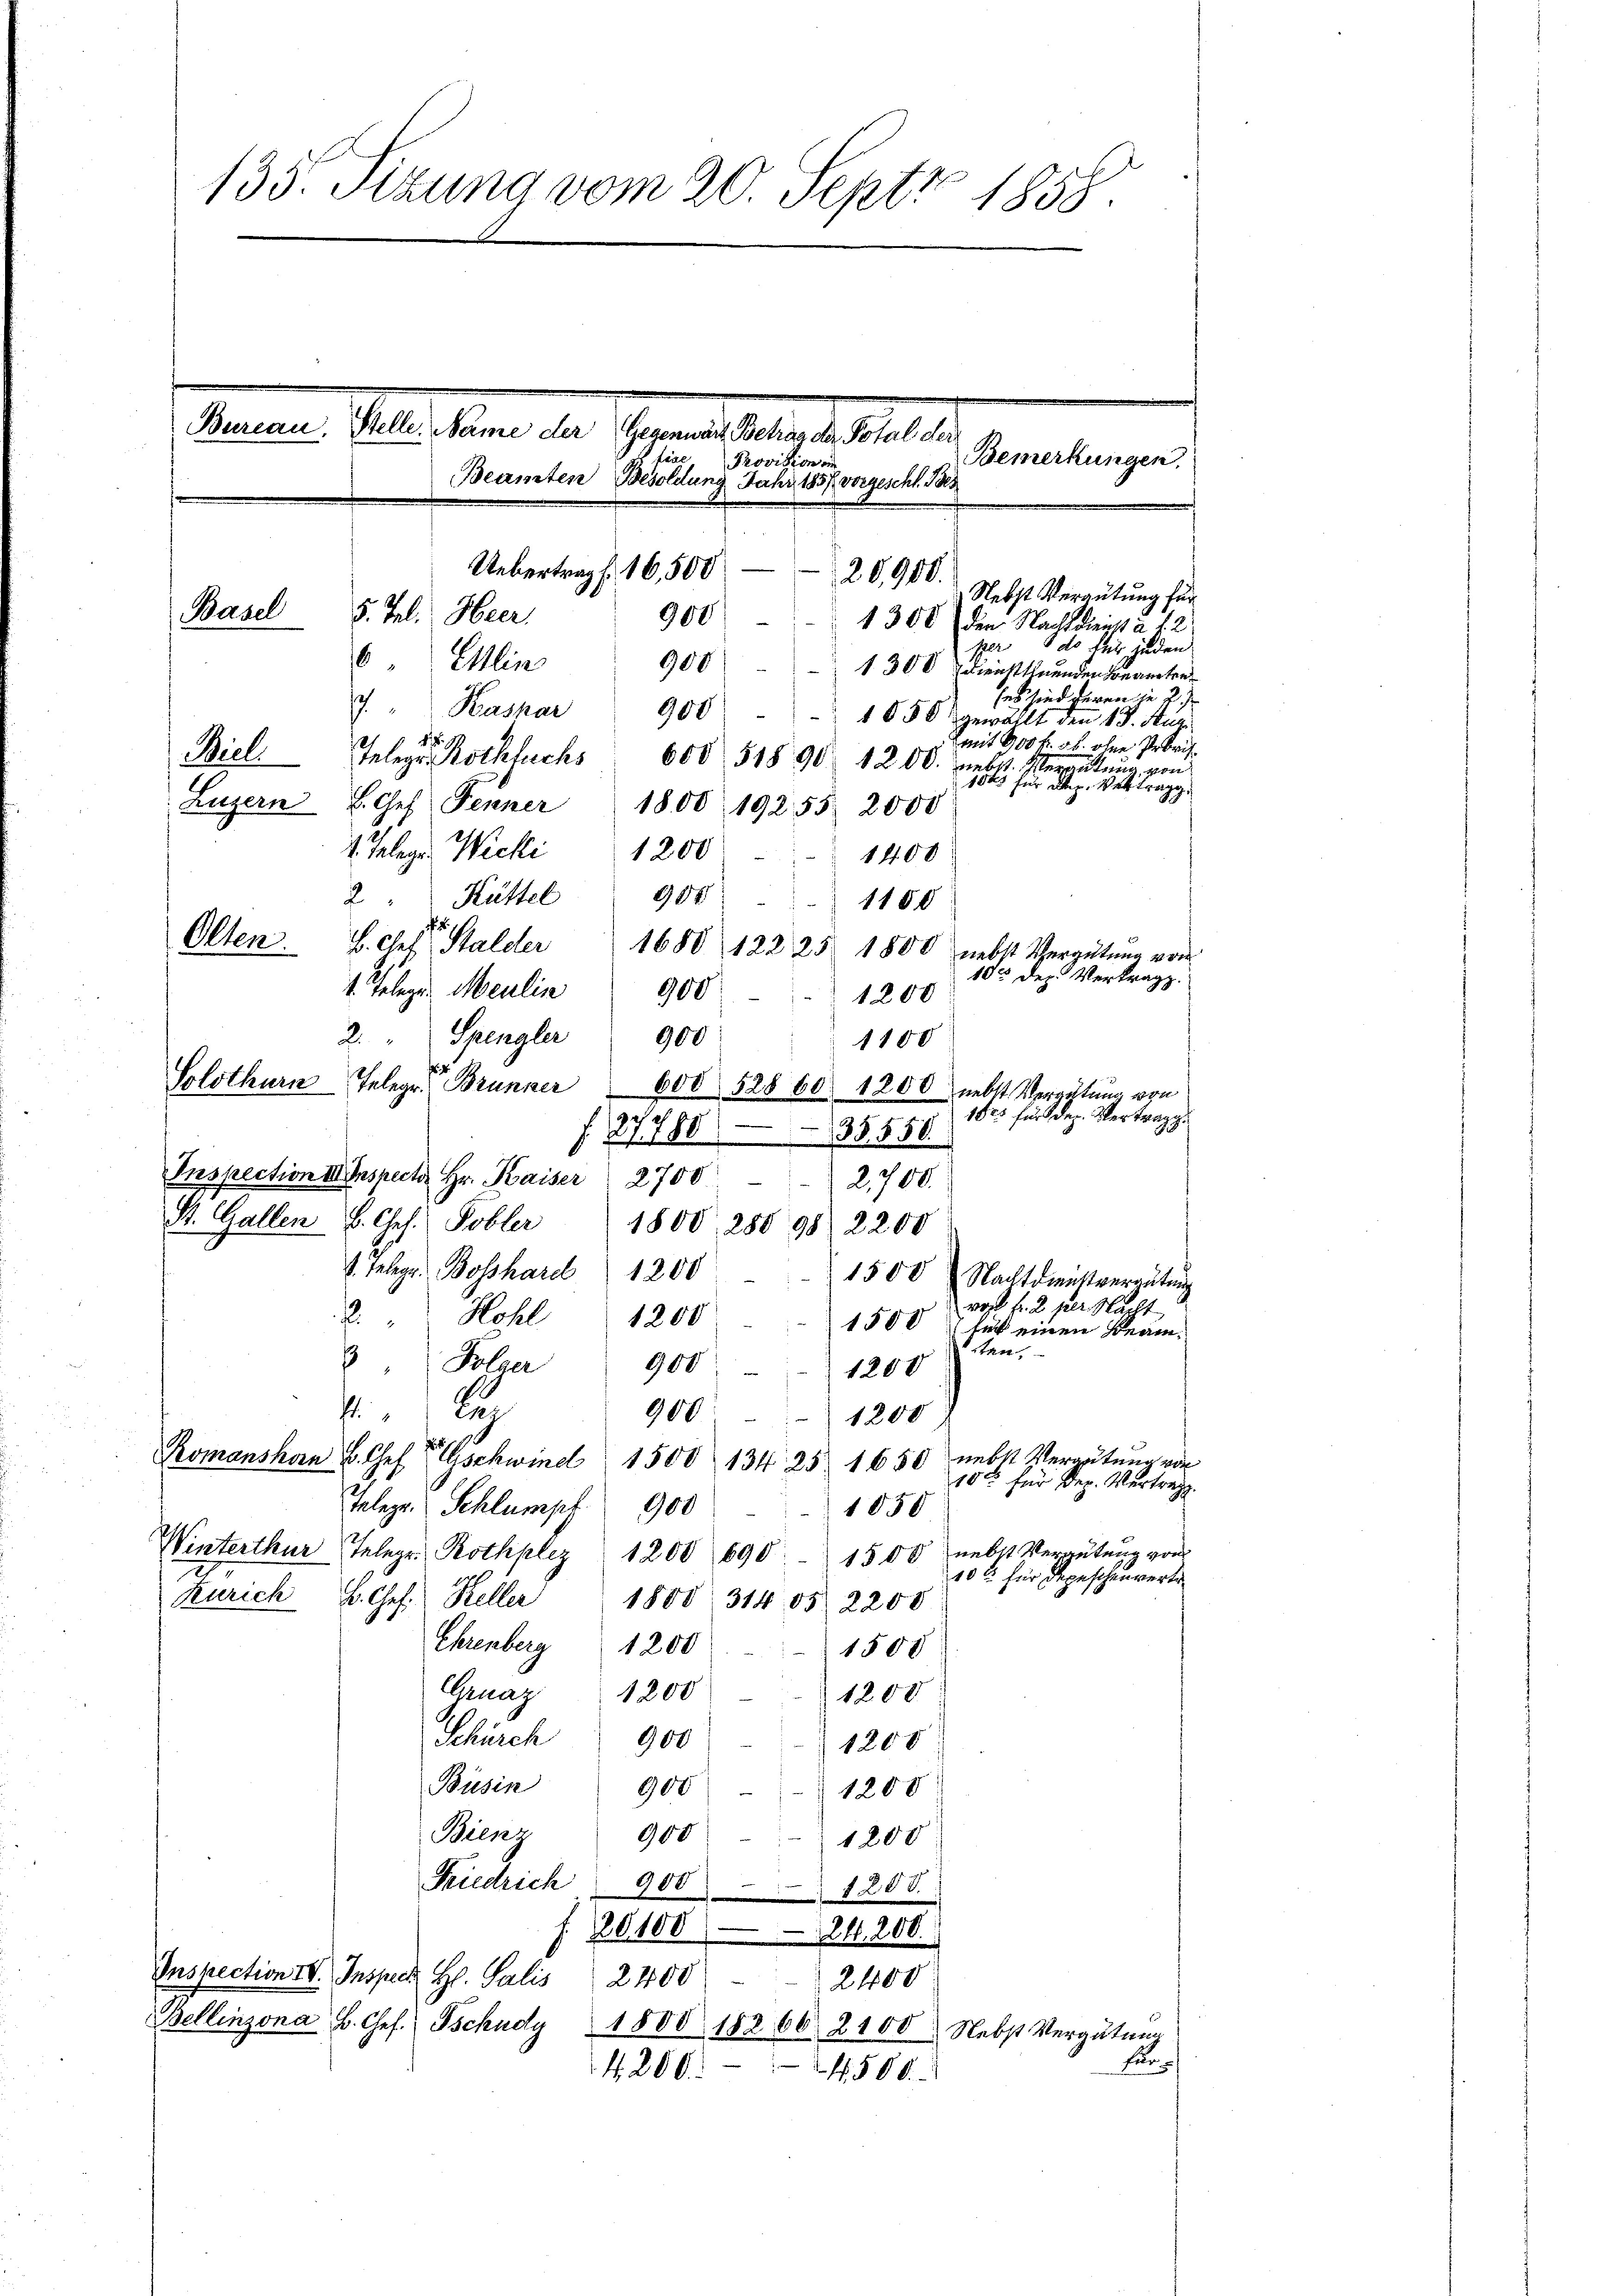
Inspection III Inspector Hr. Kaiser 2700 2,700.
St. Gallen B. Ges. Tobler 1800. 280 98) 2200
1. Telegr. Bosshard 1200
2. Hohl 1200
3 " Folger 900
1200
Laz
900-1200
nebst Vergütung von
Romanshan B. Ges. Gschwind 1500 134 25. 1650
10 für Dez. Vertrag.
Telege Schlumpf 900
1850
Winterthur Telegr. Rothplez 1200 690. 1500 nebst Veraŭtŭng von
10 l. für Depeschenvertr
Zürich C. Chef. Keller 1800 314 05 2200
Ehrenberg 1200
1500
Gruaz 1200
1200
Schürch
900
120 x
Büsin 900
1200
Scienz
900
1200
Friedrich 900 - 1200.
20100—24. 200.
Inspection IV. Inspect. H. Salis 2400 " 2400
Bellinzona B. Chef. Tschudy 1800 18266. 2100. Nebst Vergütŭng
Ein
4200.
.500.

135. Sizung vom 20. Septz 1858.
Mauer, Geld von der Gemeindsbeamte Meile
fiae
Bemerkungen,
Provision ein
Beamten Besoldung Jahr 1857 vorgeschl. Bes
Uebertrags 16,500
20,900.
Nebst Verautung für
Basel 5. Jul. Heer,
900
1300 den Nacht dienst a. f. 2
per do für jeden
6. Ein
900
1300 dreicht thuenden Bereiten
ses sind heren je z
7
Kashar
900
1050 gewählt den 13. Juri
 41
mit 1100 fr. ab. ohne Proris
Biel Telegr. Rothfuchs 600 515 90 1200. nebst. Meranttŭng von
 für die Vertrag
Luzern L. Ges. Fenner 1800. 19255 2000
1. Telege. Wicki 1200
1400
2 " Hüttel 908
1180
Olten. B. Cetter Stalder 1680 122 25 1800 nebst Vergütŭng von
185 der Vertrag.
1. Telege Maulin 900
1200
Spengler
2
900
1100
Solothurn Telegr. Brunner 600 528 60. 1200 nebst Vergütung von
1525 für dez. Vertrag.

2778038550.
1500 Nachtdienstvergütung
woch f. 2 der Nacht
1500 für einen Beamten,